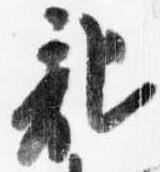
記